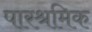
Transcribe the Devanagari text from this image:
पारश्रमिक